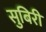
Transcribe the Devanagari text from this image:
सुबिरी